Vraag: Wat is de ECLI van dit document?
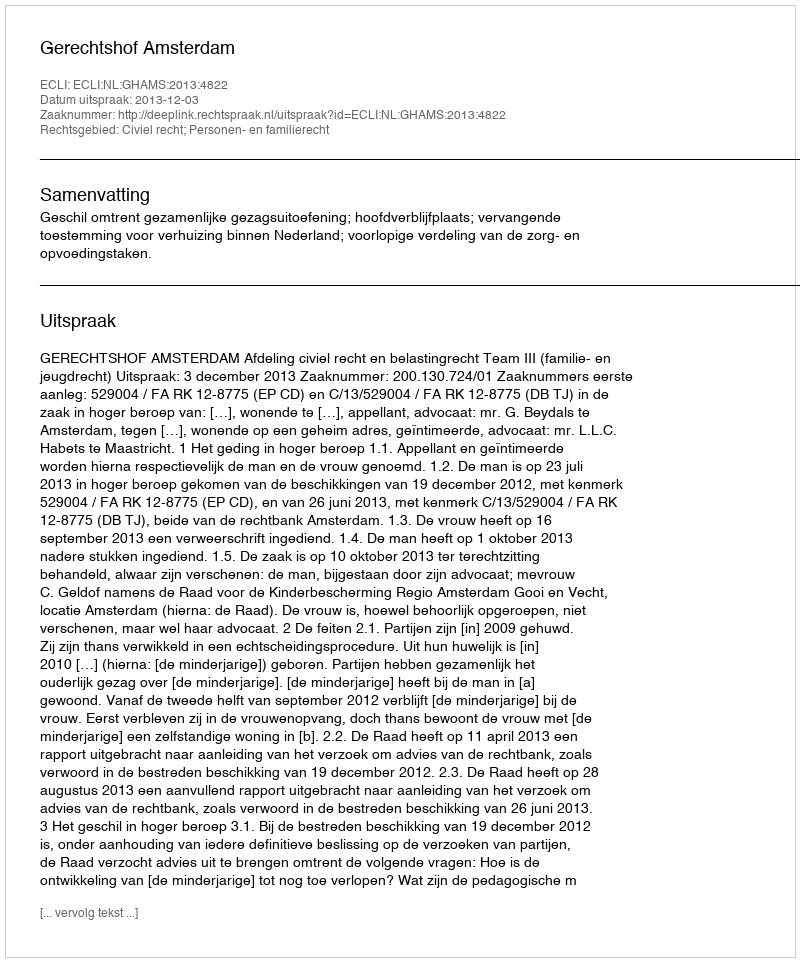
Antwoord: ECLI:NL:GHAMS:2013:4822